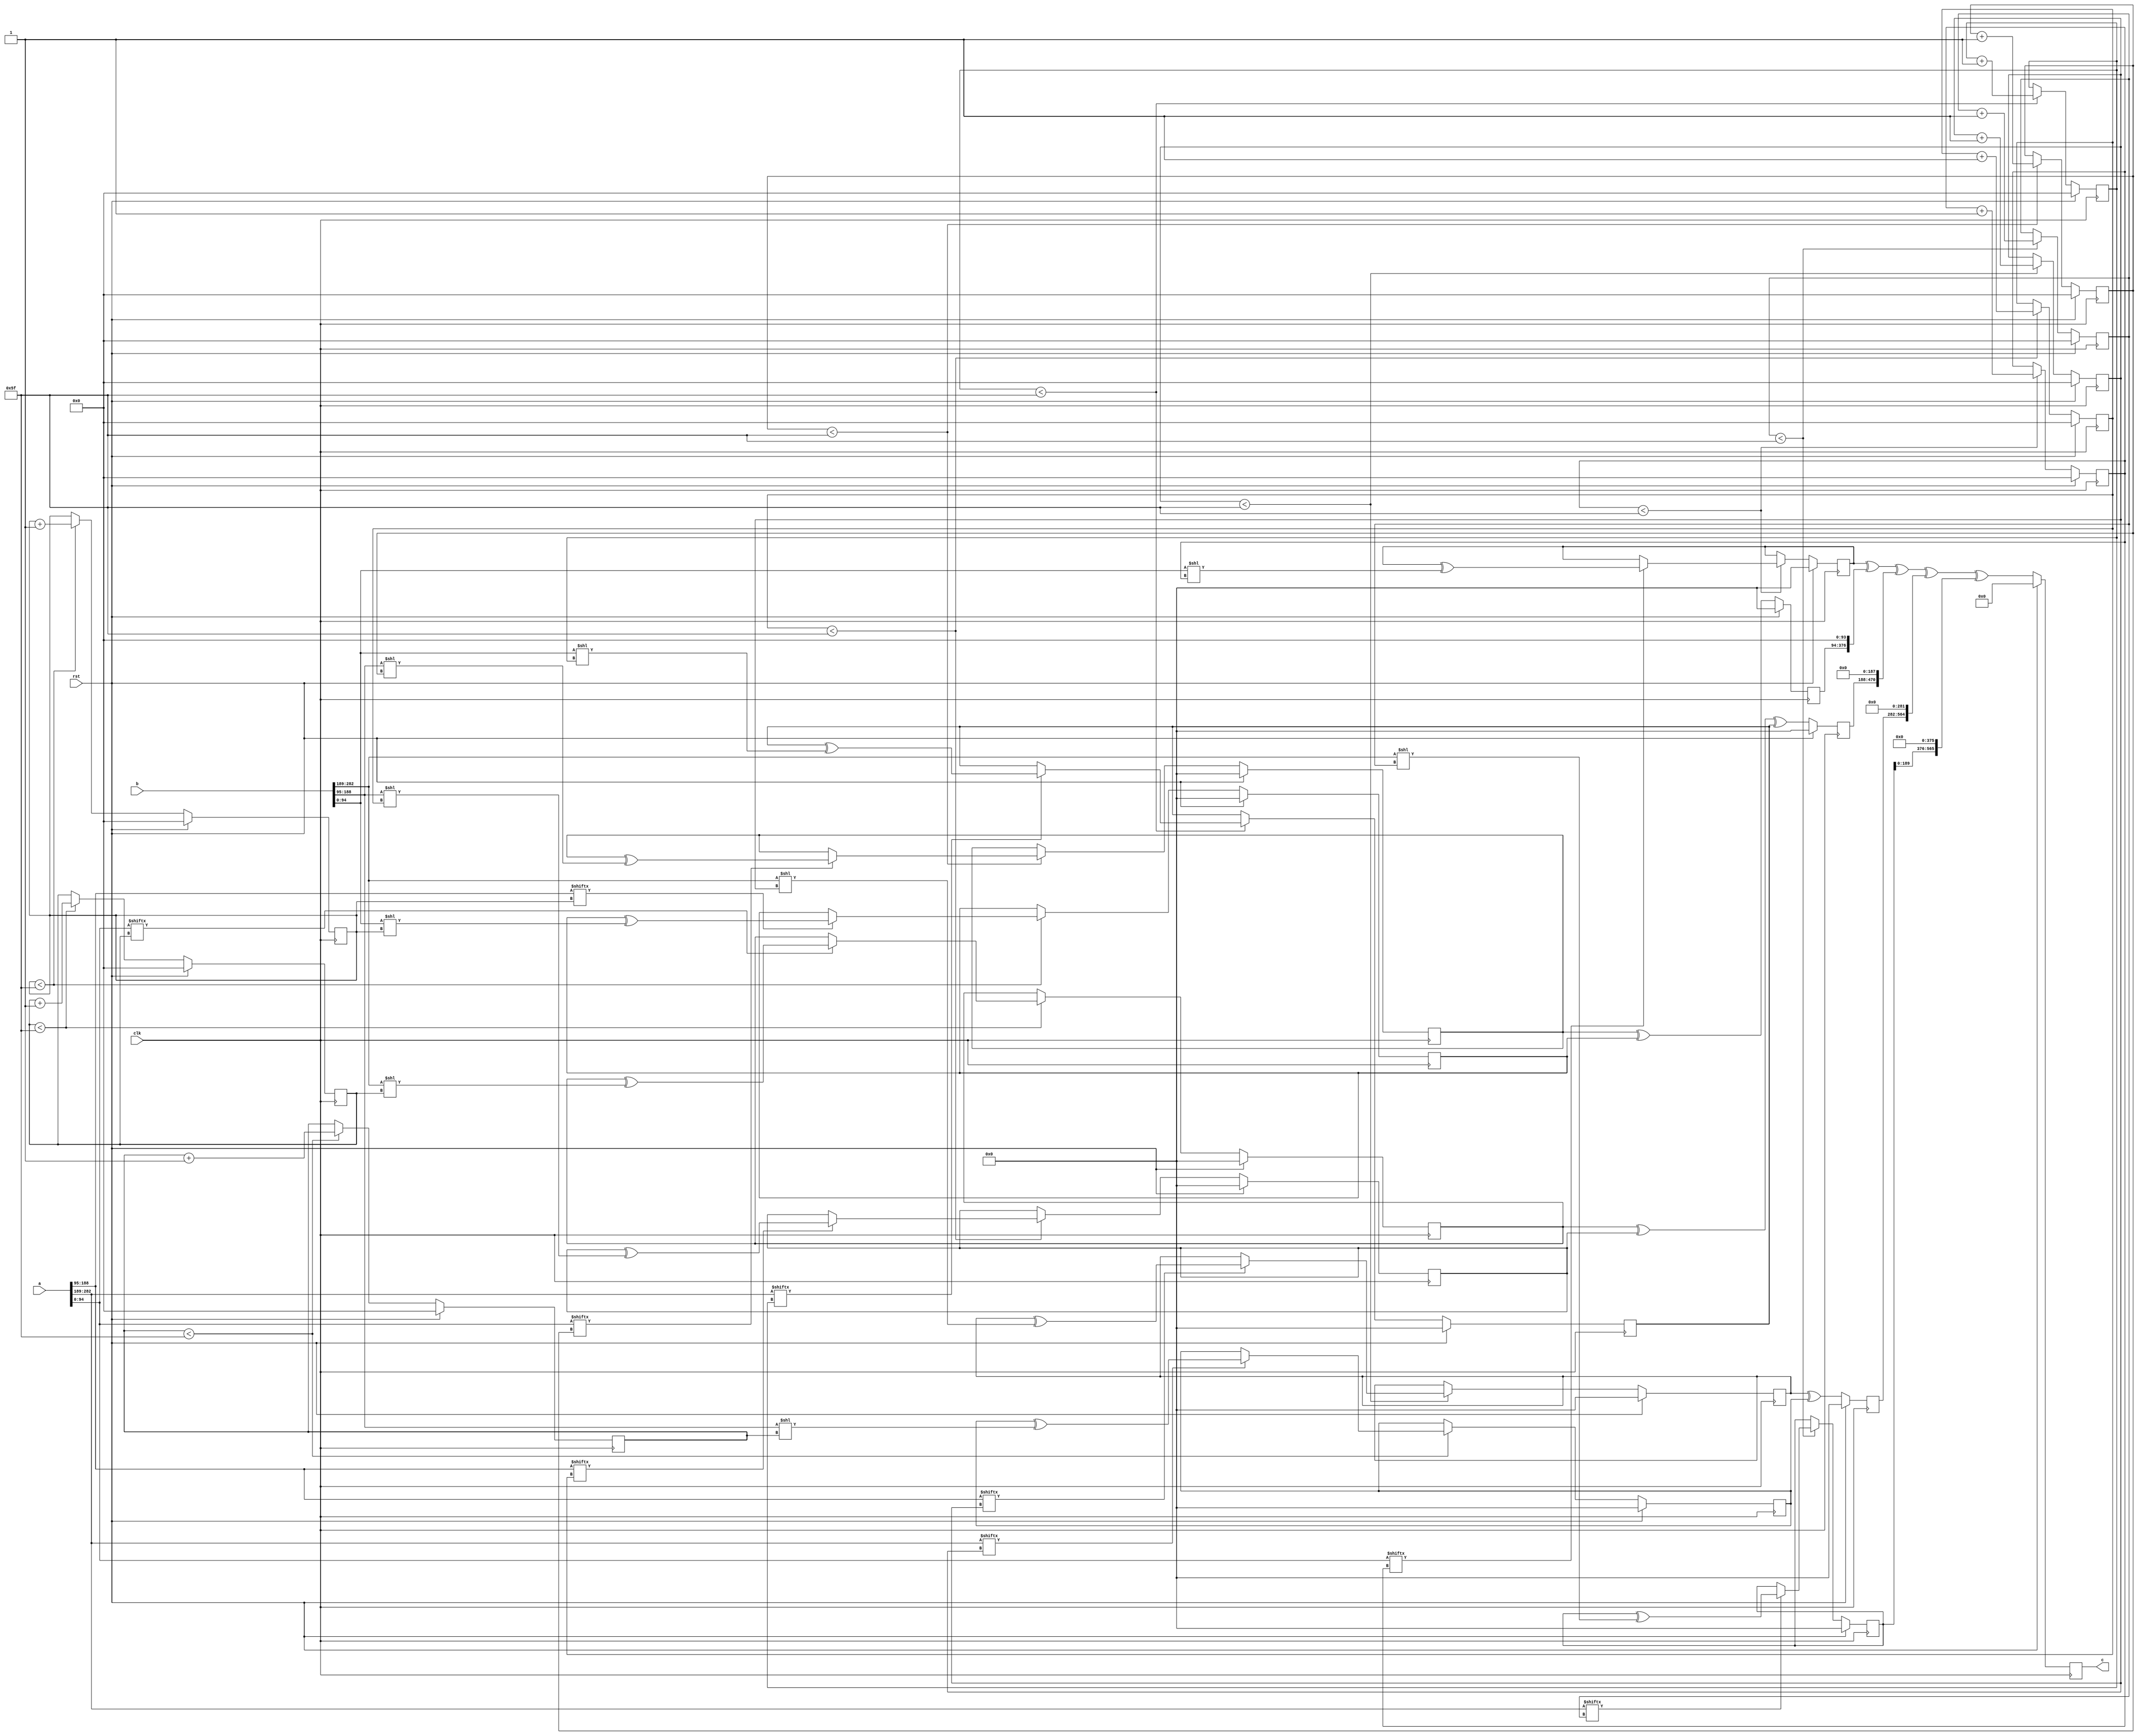
// TalTech large integer multiplier library
// Multiplier type: three_way_toom_cook
// Parameters: 283 283 1
// Target tool: genus
// Counters deceleration for each step of 3-Way TCM multiplier
// To store intermediate multiplication results of 3-Way TCM multiplier
module three_way_toom_cook(clk, rst, a, b, c);
input clk;
input rst;
input [282:0] a;
input [282:0] b;
output reg [565:0] c;

// Pipeline register declaration 
// no pipeline vars
// Wires declaration 
wire  [94:0] a0;
wire  [93:0] a1;
wire  [93:0] a2;
wire  [94:0] b0;
wire  [93:0] b1;
wire  [93:0] b2;

// Registers declaration 
reg  [93:0] counter_d;
reg  [93:0] counter_e1;
reg  [93:0] counter_e2;
reg  [93:0] counter_f1;
reg  [93:0] counter_f2;
reg  [93:0] counter_f3;
reg  [93:0] counter_g1;
reg  [93:0] counter_g2;
reg  [93:0] counter_h;
reg  [282:0] d;
reg  [282:0] e1_mul;
reg  [282:0] e2_mul;
reg  [282:0] e;
reg  [282:0] f1_mul;
reg  [282:0] f2_mul;
reg  [282:0] f3_mul;
reg  [282:0] f;
reg  [282:0] g1_mul;
reg  [282:0] g2_mul;
reg  [282:0] g;
reg  [282:0] h;
reg  [565:0] temp;

// Initial assignments to wires
assign a0 = a[94:0];
assign a1 = a[188:95];
assign a2 = a[282:189];
assign b0 = b[94:0];
assign b1 = b[188:95];
assign b2 = b[282:189];

// Step-1 of 3-Way TCM Multiplier
always @(posedge clk) begin
	if (rst) begin
		d <= 283'd0;
		counter_d <= 94'd0;
	end
	else if (counter_d < 95) begin
		if (a2[counter_d] == 1'b1) begin
			d <= d ^ (b2 << counter_d);
			counter_d <= counter_d + 1;
		end
		counter_d <= counter_d + 1;
	end
end

// Step-2 (Part-1) of 3-Way TCM Multiplier
always @(posedge clk) begin
	if (rst) begin
		e1_mul <= 283'd0;
		counter_e1 <= 94'd0;
	end
	else if (counter_e1 < 95) begin
		if (a1[counter_e1] == 1'b1) begin
			e1_mul <= e1_mul ^ (b2 << counter_e1);
			counter_e1 <= counter_e1 + 1;
		end
		counter_e1 <= counter_e1 + 1;
	end
end

// Step-2 (Part-2) of 3-Way TCM Multiplier
always @(posedge clk) begin
	if (rst) begin
		e2_mul <= 283'd0;
		counter_e2 <= 94'd0;
	end
	else if (counter_e2 < 95) begin
		if (a2[counter_e1] == 1'b1) begin
			e2_mul <= e2_mul ^ (b1 << counter_e2);
			counter_e2 <= counter_e2 + 1;
		end
		counter_e2 <= counter_e2 + 1;
	end
end

// Step-2 (Part-3) of 3-Way TCM Multiplier
always @(posedge clk) begin
	if (rst) begin
		e <= 283'd0;
	end
	else begin
		e <= e1_mul ^ e2_mul; 
	end
end

// Step-3 (Part-1) of 3-Way TCM Multiplier
always @(posedge clk) begin
	if (rst) begin
		f1_mul <= 283'd0;
		counter_f1 <= 94'd0;
	end
	else if (counter_f1 < 95) begin
		if (a0[counter_f1] == 1'b1) begin
			f1_mul <= f1_mul ^ (b2 << counter_f1);
			counter_f1 <= counter_f1 + 1;
		end
		counter_f1 <= counter_f1 + 1;
	end
end

// Step-3 (Part-2) of 3-Way TCM Multiplier
always @(posedge clk) begin
	if (rst) begin
		f2_mul <= 283'd0;
		counter_f2 <= 94'd0;
	end
	else if (counter_f2 < 95) begin
		if (a1[counter_f2] == 1'b1) begin
			f2_mul <= f2_mul ^ (b1 << counter_f2);
			counter_f2 <= counter_f2 + 1;
		end
		counter_f2 <= counter_f2 + 1;
	end
end

// Step-3 (Part-3) of 3-Way TCM Multiplier
always @(posedge clk) begin
	if (rst) begin
		f3_mul <= 283'd0;
		counter_f3 <= 94'd0;
	end
	else if (counter_f3 < 95) begin
		if (a2[counter_f3] == 1'b1) begin
			f3_mul <= f3_mul ^ (b0 << counter_f3);
			counter_f3 <= counter_f3 + 1;
		end
		counter_f3 <= counter_f3 + 1;
	end
end

// Step-3 (Part-4) of 3-Way TCM Multiplier
always @(posedge clk) begin
	if (rst) begin
		f <= 283'd0;
	end
	else begin
		f <= f1_mul ^ f2_mul ^ f3_mul; 
	end
end

// Step-4 (Part-1) of 3-Way TCM Multiplier
always @(posedge clk) begin
	if (rst) begin
		g1_mul <= 283'd0;
		counter_g1 <= 94'd0;
	end
	else if (counter_g1 < 95) begin
		if (a0[counter_g1] == 1'b1) begin
			g1_mul <= g1_mul ^ (b1 << counter_g1);
			counter_g1 <= counter_g1 + 1;
		end
		counter_g1 <= counter_g1 + 1;
	end
end

// Step-4 (Part-2) of 3-Way TCM Multiplier
always @(posedge clk) begin
	if (rst) begin
		g2_mul <= 283'd0;
		counter_g2 <= 94'd0;
	end
	else if (counter_g2 < 95) begin
		if (a1[counter_g2] == 1'b1) begin
			g2_mul <= g2_mul ^ (b0 << counter_g2);
			counter_g2 <= counter_g2 + 1;
		end
		counter_g2 <= counter_g2 + 1;
	end
end

// Step-4 (Part-3) of 3-Way TCM Multiplier
always @(posedge clk) begin
	if (rst) begin
		g <= 283'd0;
	end
	else begin
		g <= g1_mul ^ g2_mul; 
	end
end

// Step-5 of 3-Way TCM Multiplier
always @(posedge clk) begin
	if (rst) begin
		h <= 283'd0;
		counter_h <= 94'd0;
	end
	else if (counter_h < 95) begin
		if (a0[counter_h] == 1'b1) begin
			h <= h ^ (b0 << counter_h);
			counter_h <= counter_h + 1;
		end
	counter_h <= counter_h + 1;
	end
end

// Step-6 of 3-Way TCM Multiplier
always @(posedge clk) begin
	if (rst) begin
		temp = 566'd0;
		c = 566'd0;
	end
	else begin
		temp = h;
		temp = temp ^ (g << 94);
		temp = temp ^ (f << 188);
		temp = temp ^ (e << 282);
		temp = temp ^ (d << 376);
		c = temp;
	end
end
endmodule